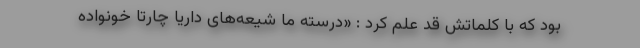
بود که با کلماتش قد علم کرد : «درسته ما شیعه‌های داریا چارتا خونواده